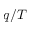
q / T